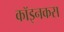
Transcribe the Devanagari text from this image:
कॉइनकस